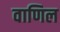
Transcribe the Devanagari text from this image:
वाणिल